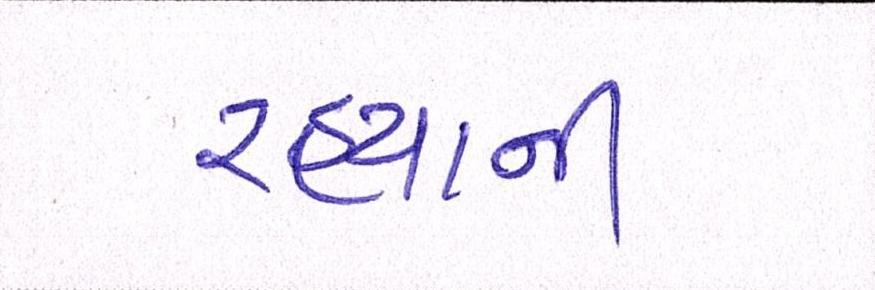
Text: રહ્યાની